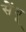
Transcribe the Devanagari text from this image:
सैंथू